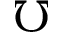
\mho